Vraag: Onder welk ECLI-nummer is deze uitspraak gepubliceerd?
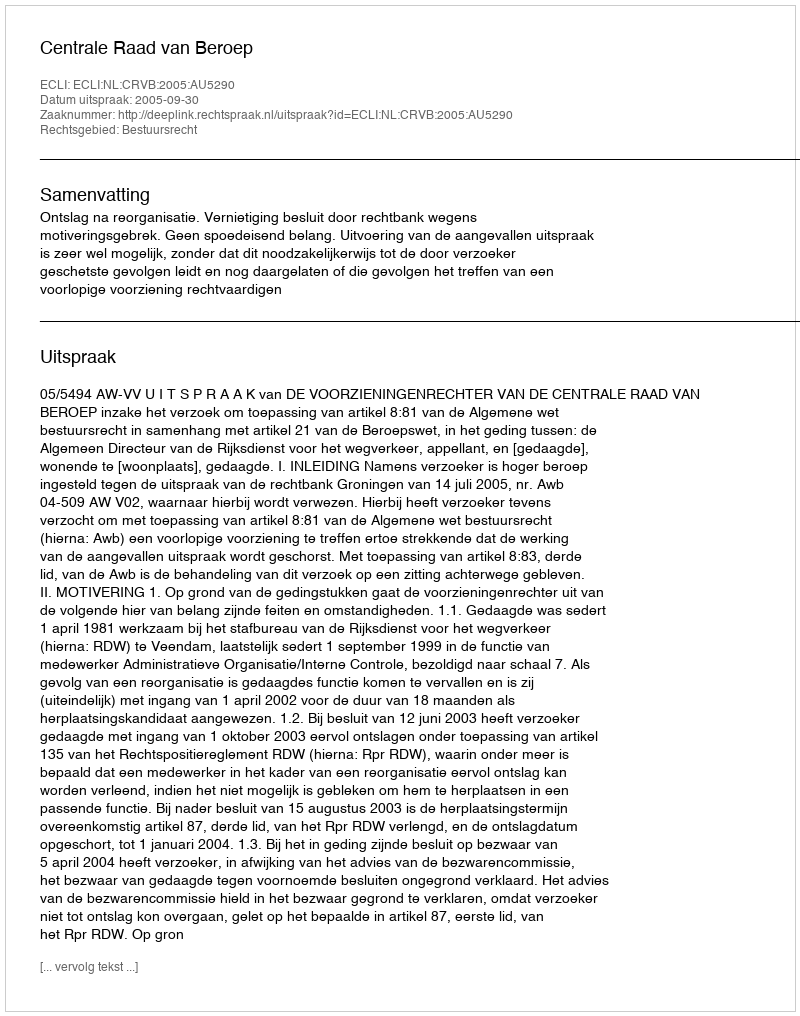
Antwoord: ECLI:NL:CRVB:2005:AU5290